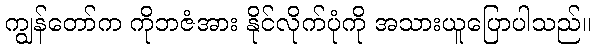
ကျွန်တော်က ကိုဘဇံအား နိုင်လိုက်ပုံကို အသားယူပြောပါသည်။